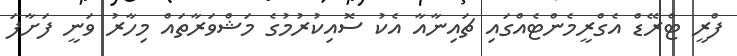
ފްރީ ޓްރޭޑް އެގްރީމެންޓެއްގައި ޗައިނާއާ އެކު ސޮއިކުރުމުގެ މަޝްވަރާތައް މިހާރު ވަނީ ފަށާފަ